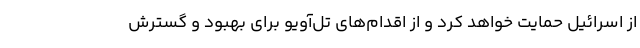
از اسرائیل حمایت خواهد کرد و از اقدام‌های تل‌آویو برای بهبود و گسترش